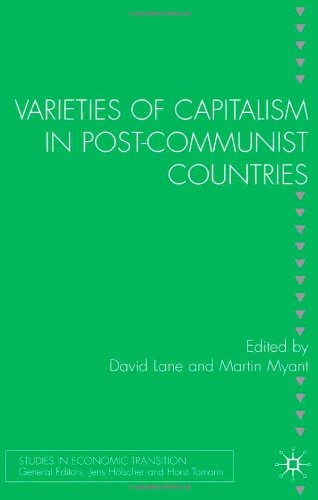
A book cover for Varieties of Capitalism in Post-Communist Countries (Studies in Economic Transition); Jens HÃ¶lscher; Business & Money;